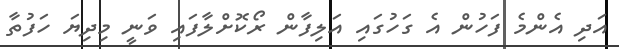
އަދި އެންމެ ފަހުން އެ ގަހުގައި އަލިފާން ރޯކޮށްލާފައި ވަނީ މިދިޔަ ހަފުތާ